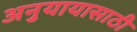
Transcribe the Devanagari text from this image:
अनुयायासाठी